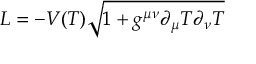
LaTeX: L = - V ( T ) \sqrt { 1 + g ^ { \mu \nu } \partial _ { \mu } T \partial _ { \nu } T }